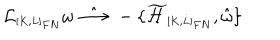
LaTeX: { \cal L } _ { \scriptscriptstyle [ K , L ] _ { F N } } \omega \; \hat { \longrightarrow } \; - \{ \widetilde { \cal H } _ { \scriptscriptstyle [ K , L ] _ { F N } } , \hat { \omega } \}